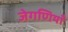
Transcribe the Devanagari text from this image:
जेगणियाँ